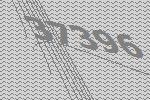
37396